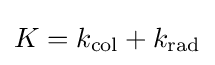
K=k_{\text{col}}+k_{\text{rad}}